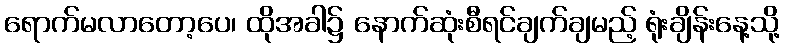
ရောက်မလာတော့ပေ၊ ထိုအခါ၌ နောက်ဆုံးစီရင်ချက်ချမည့် ရုံးချိန်းနေ့သို့